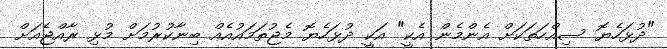
"ދުޅަހެޔޮ ސިއްހަތަކަށް އެންމެން އެކީ" އަކީ ދުޅަހެޔޮ މެޖުތަމައުއެއް ބިނާކުރުމަށް މުޅި ރާއްޖެއަށް